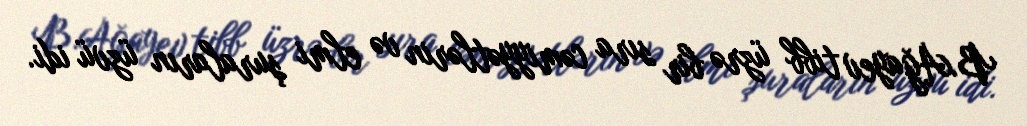
B.Ağayev tibb üzrə bir sıra cəmiyyətlərin və elmi şuraların üzvü idi.